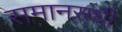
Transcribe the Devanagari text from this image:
समानसंधी